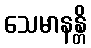
သေမာနန္တိ